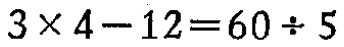
$3\times 4 - 12 = 60\div 5$